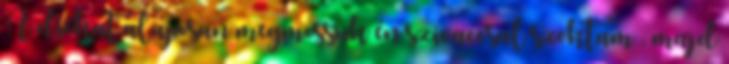
A diókat alaposan megmossuk én szivaccsal szoktam , majd